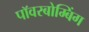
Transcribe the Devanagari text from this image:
पॉवरबोम्बिंग